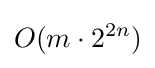
O(m\cdot 2^{2n})